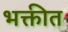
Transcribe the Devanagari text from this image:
भक्तीत